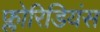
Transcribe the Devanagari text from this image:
फ्लोरिडियंस